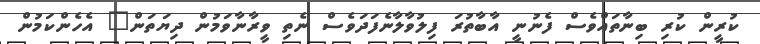
ކުރީން ކުރި ބިނާތައްވެސް ފެނުނީ އާބާތުރަ ފިލުވާލާނެފަދަވެސް ނެތި ވީރާނާވަމުން ދިޔަތަން" އެހެންކަމުން